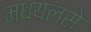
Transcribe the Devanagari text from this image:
मध्यलसे